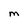
Character: M